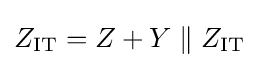
Z_{\mathrm {IT} }=Z+Y\parallel Z_{\mathrm {IT} }